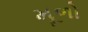
મૂળો